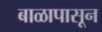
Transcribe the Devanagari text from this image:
बाळापासून